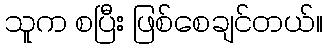
သူက စပြီး ဖြစ်စေချင်တယ်။